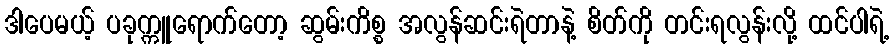
ဒါပေမယ့် ပခုက္ကူရောက်တော့ ဆွမ်းကိစ္စ အလွန်ဆင်းရဲတာနဲ့ စိတ်ကို တင်းရလွန်းလို့ ထင်ပါရဲ့